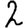
Digit: 2